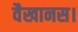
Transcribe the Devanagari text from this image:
वैखानस।